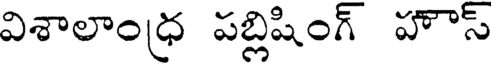
విశాలాంధ్ర పబ్లిషింగ్ హౌస్